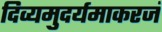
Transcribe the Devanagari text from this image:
दिव्यमुदर्यमाकरजं